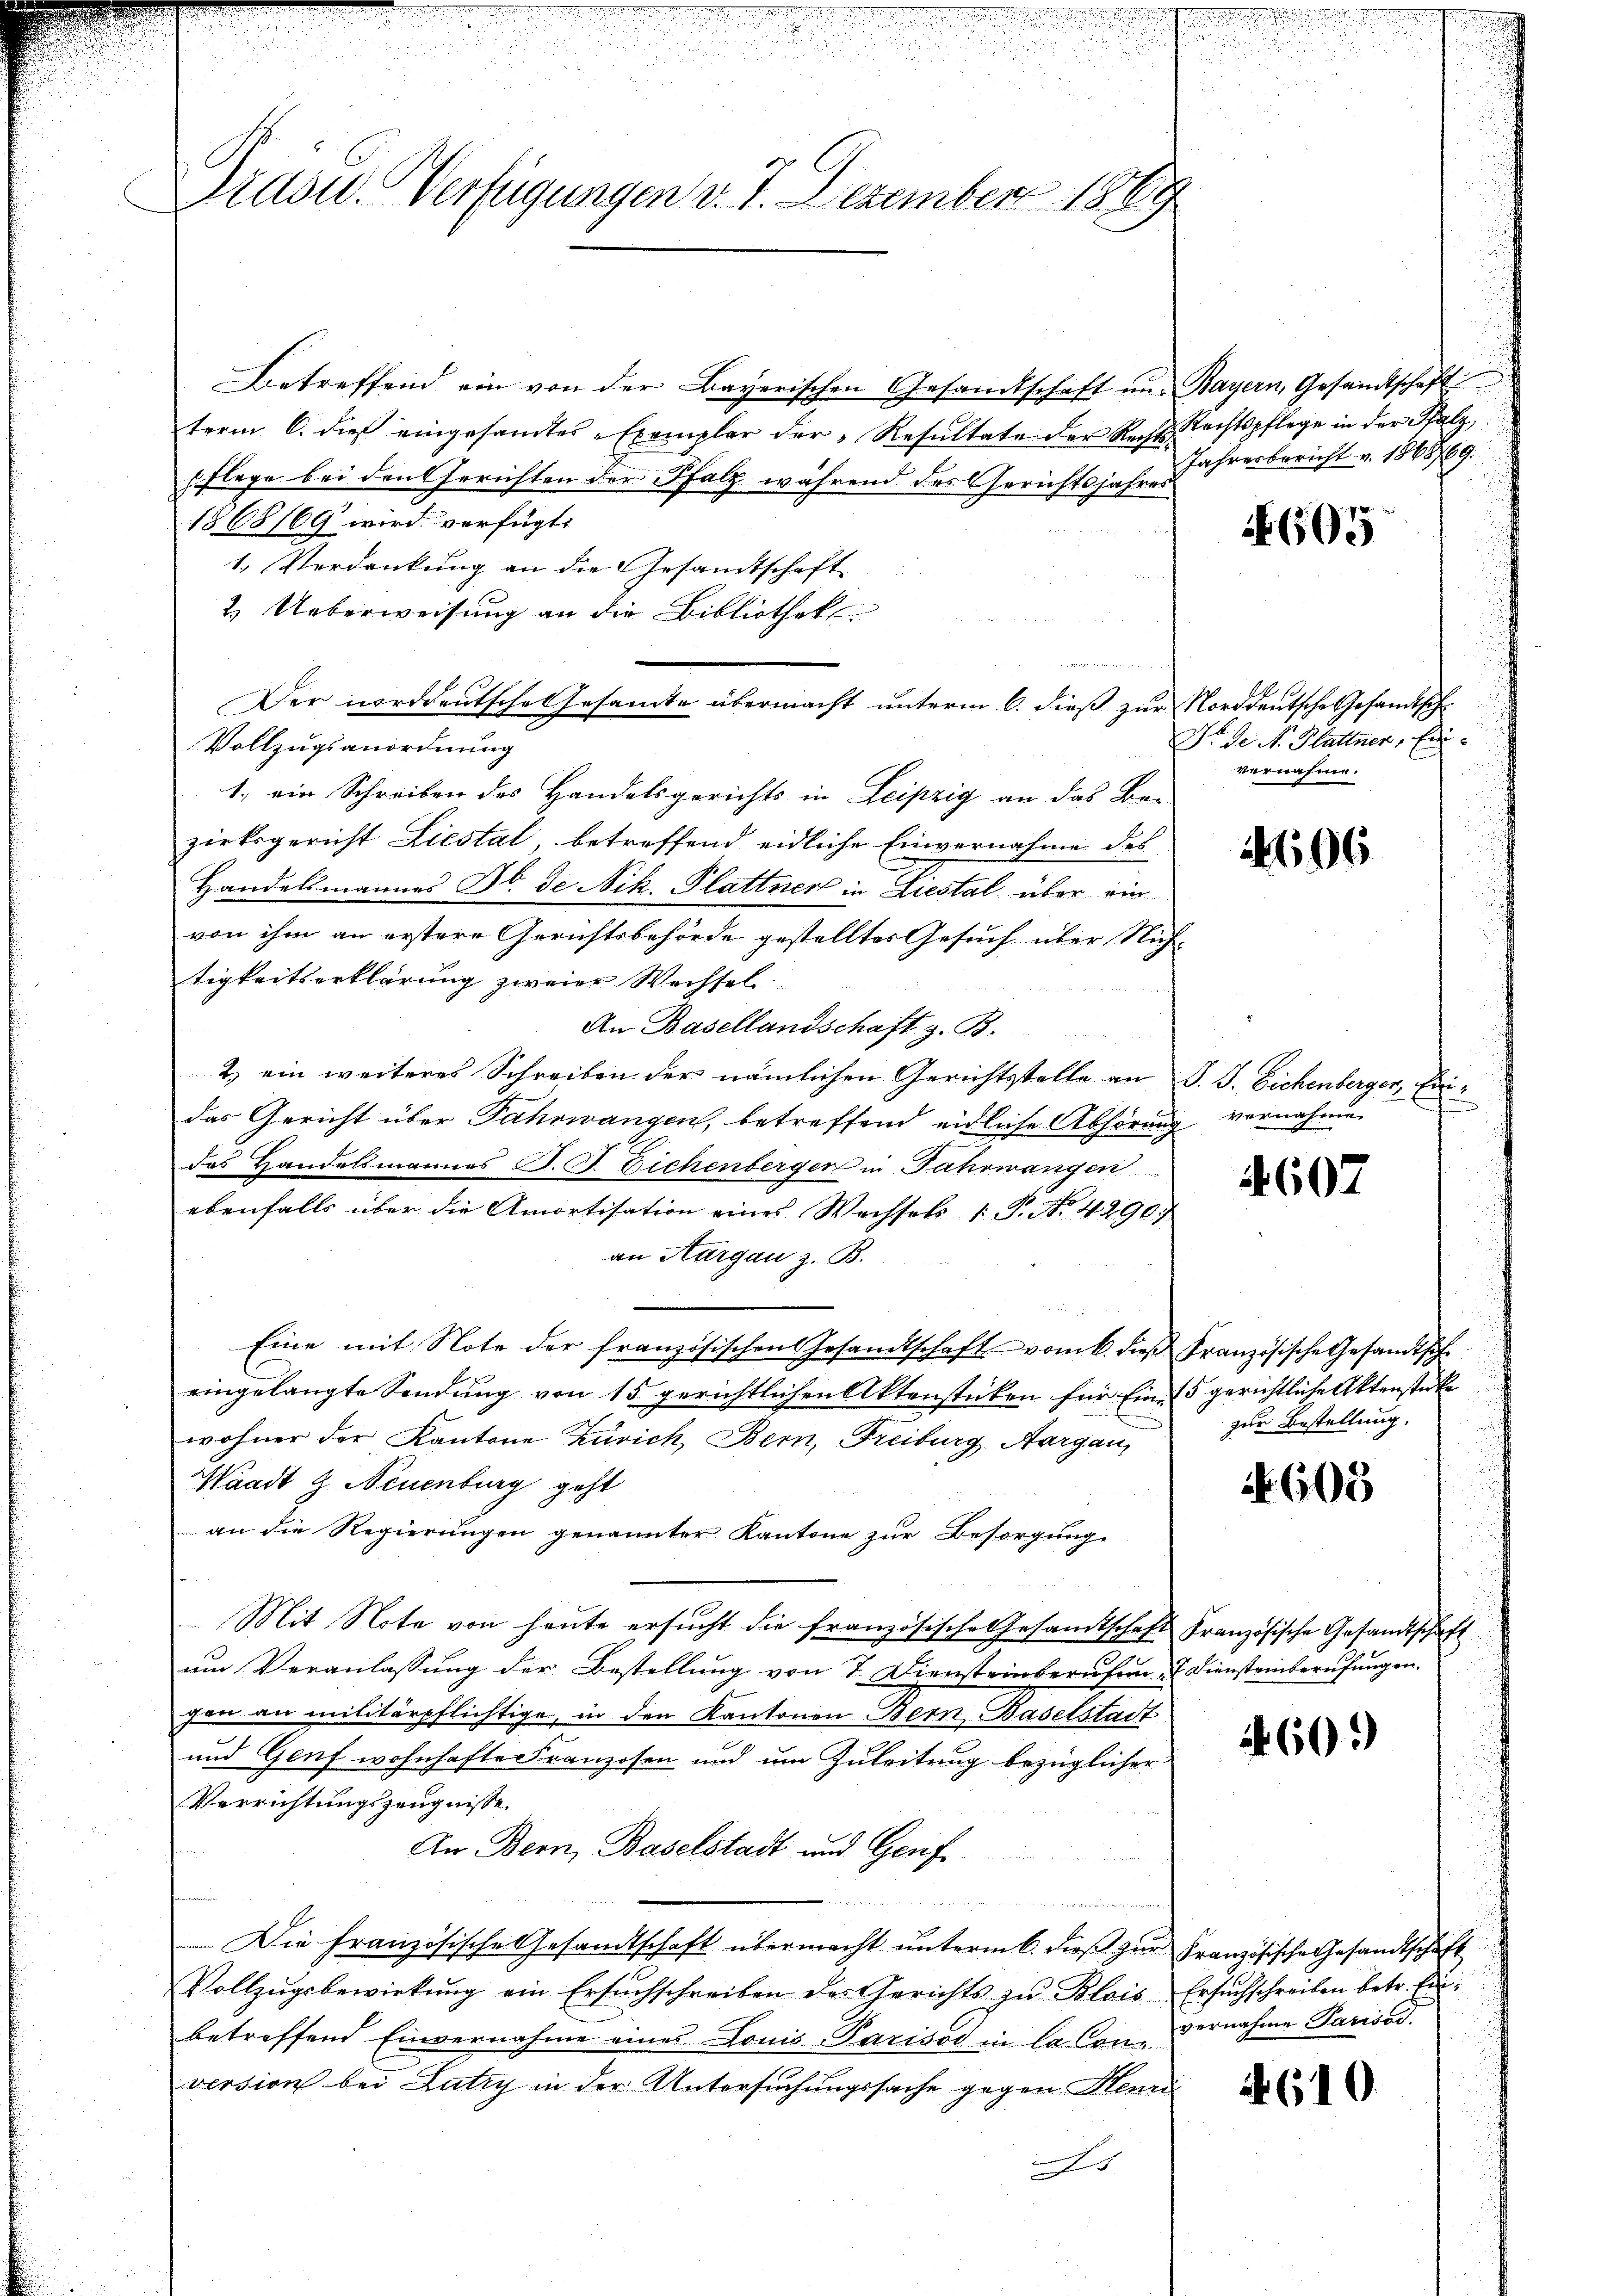
Präser. Verfügungen v. 7. Dezember 1889

Betreffend ein von der Bayerischen Gesandtschaft un-
term 6. dieß eingesandtes Exemplar der Resultate der Rechts-
Flege bei den Gerichten der Pfalz während des Gerichtsjahres
1868/69 wird verfügt:
1. Verdankung an die Gesandtschaft
2. Ueberweisung an die Bibliothek
Vollzugsanordnung
1. ein Schreiben des Handelsgerichts in Leipzig an das Bezirksgericht Liestal, betreffend eidliche Einvernahme des
Handelsmannes St. de Nik. Plattner in Liestal über ein
von ihm an erstere Gerichtsbehörde gestelltes Gesuch über Nich
tigkeitserklärung zweier Wechsel
An Basellandschaft z. B.
2.) ein weiteres Schreiben der nämlichen Gerichtsstelle an
das Gericht über Fahrwangen, betreffend eidliche Abhörun
das Handelsmannes B. G. Bichenberger in Jahrmangen
ebenfalls über die Amortisation eines Wechsels 1. P. No. 42903.
an Aargau z. B.
Eine mit Note der französischen Gesandtschaft vom 6. dieß Französische Gesandtscheingelangte Sendung von 15 gerichtlichen Aktenstücken für Eine 15 gerichtliche Aktenstücke
wohner der Kantone Zürich, Bern, Freiburg, Aargau,
Waadt G. Neuenburg geht
an die Regierungen genannter Kantone zur Besorgung.
Mit Note von heute ersŭcht die französische Gesandtschaft Französische Gesandtschaft
um Veranlassung der Bestellung von 7. Diensteinberufen. Diensteinberufungen.
gen an militärpflichtige, in den Kantonen Bern Baselstadt
und Genf wohnhafte Franzosen und um Zuleitung bezüglicher
Verrichtungszeugnisse.
An Bern, Baselstadt und Genfe
u
Die französische Gesandtschaft übermacht unterm 6. dieß zur Französische Gesandtschaft
Vollzugsbewirkung ein Ersuchschreiben des Gerichts zu Blois
betreffend Einvernahme eines Louis Parisos in la Con-
version bei Lutry in der Untersuchungssache gegen Heure

Der norddeutsche Gesamte übermacht unterm 6. dieß zur Norddeutsche Gesandtsch

Bayern, Gesandtschaft
Rechtspflege in der Salz,
Jahresbericht v. 1868769.

4605

Dr. de N. Plattner, Einvernahme.

4696

P. J. Eichenberger, Ein
 vernahmen

4607

zur Bestellung.

N 603

60.)

Ersuchschreiben betr. Einvernahme Parisod.

.610